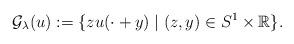
LaTeX: \begin{align*}\mathcal{G}_\lambda (u) := \{zu(\cdot + y)\mid (z,y)\in S^1\times\mathbb{R}\}.\end{align*}